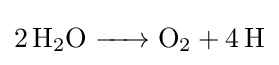
{\ce {2H_2O -> O_2 +4H}}